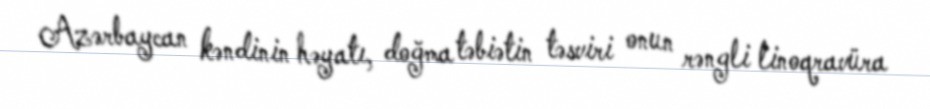
Azərbaycan kəndinin həyatı, doğma təbiətin təsviri onun rəngli linoqravüra